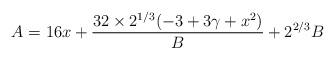
LaTeX: \begin{align*} A = 16 x + \frac{32 \times 2^{1/3}(-3+3 \gamma+x^2) }{B}+ 2^{2/3} B \end{align*}